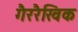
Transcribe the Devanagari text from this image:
गैररैखिक